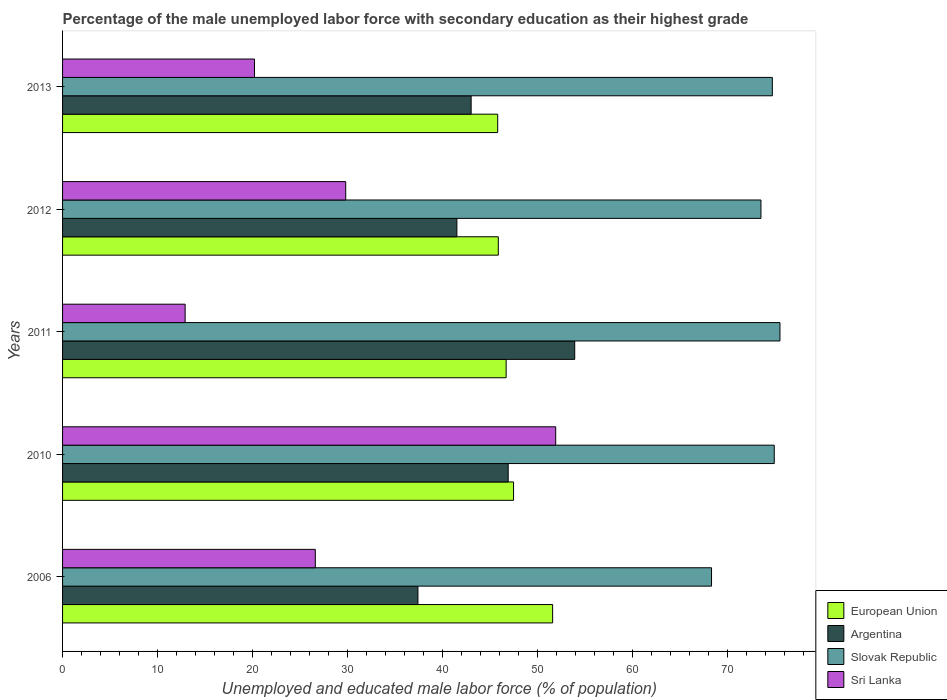
| Years | European Union | Argentina | Slovak Republic | Sri Lanka |
 | --- | --- | --- | --- | --- |
 | 2006 | 51.6 | 37.4 | 68.3 | 26.6 |
 | 2010 | 47.5 | 46.9 | 74.9 | 51.9 |
 | 2011 | 46.7 | 53.9 | 75.5 | 12.9 |
 | 2012 | 45.9 | 41.5 | 73.5 | 29.8 |
 | 2013 | 45.8 | 43 | 74.7 | 20.2 |